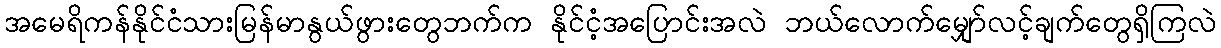
အမေရိကန်နိုင်ငံသားမြန်မာနွယ်ဖွားတွေဘက်က နိုင်ငံ့အပြောင်းအလဲ ဘယ်လောက်မျှော်လင့်ချက်တွေရှိကြလဲ